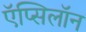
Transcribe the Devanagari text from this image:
ऍप्सिलॉन